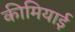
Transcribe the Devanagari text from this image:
कीमियाई